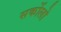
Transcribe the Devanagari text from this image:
सर्कोलो